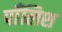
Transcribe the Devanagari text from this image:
पाँलिश